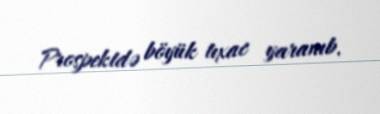
Prospektdə böyük tıxac yaranıb.